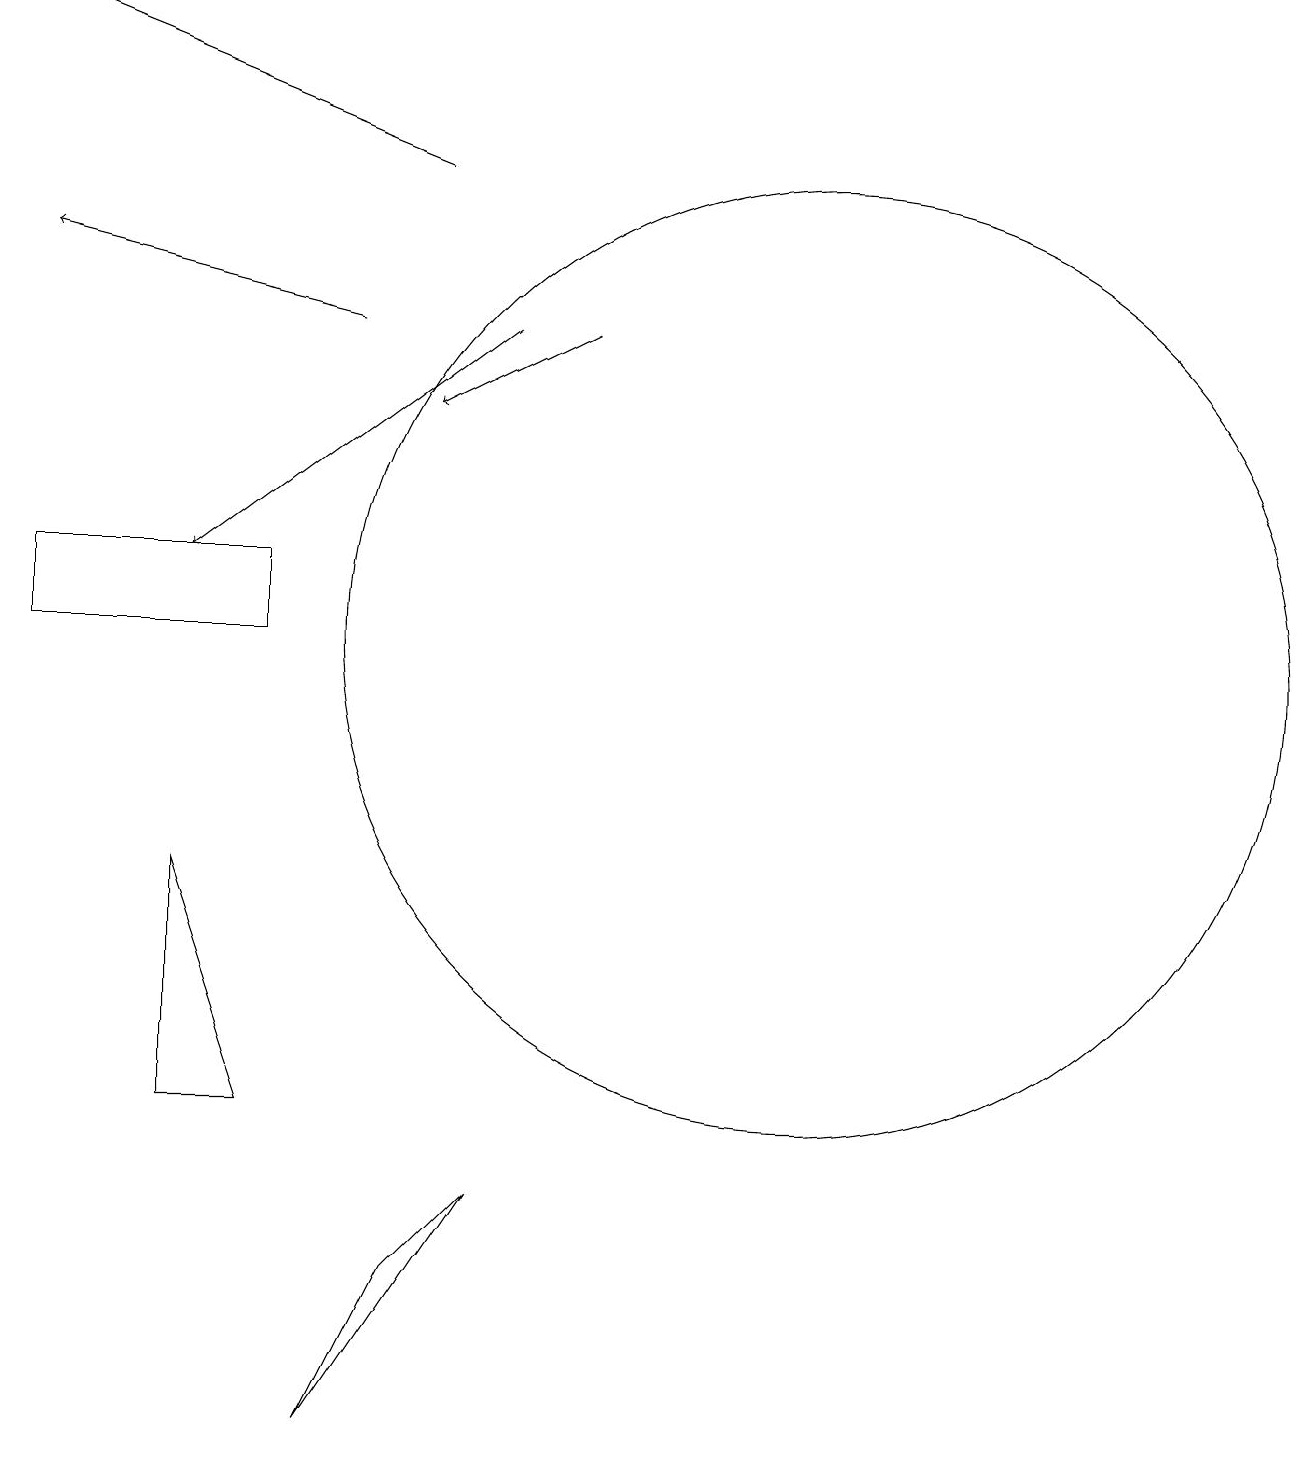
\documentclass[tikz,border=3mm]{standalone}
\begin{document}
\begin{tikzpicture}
\draw[->] (7,15) -- (3,12);
\draw (11,11) circle (6);
\draw[->] (5,15) -- (1,16);
\draw[->] (6,17) -- (1,19);
\draw[->] (8,15) -- (6,14);
\draw (4,12) rectangle (1,11);
\draw (5,1) -- (7,4) -- (6,3) -- cycle;
\draw (3,8) -- (3,5) -- (4,5) -- cycle;
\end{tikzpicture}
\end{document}